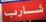
شارب